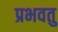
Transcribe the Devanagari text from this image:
प्रभवतु